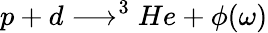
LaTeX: p+d\longrightarrow^{3}He+\phi(\omega)